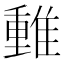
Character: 𨿿